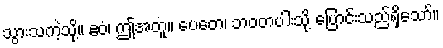
သွားသကဲ့သို့။ ဧဝံ၊ ဤအတူ။ ပေတေ၊ ဘဝတပါးသို့ ပြောင်းသည်ရှိသော်။